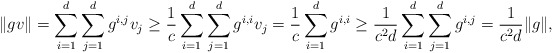
\begin{align*}\| gv \| = \sum_{i = 1}^d \sum_{j = 1}^d g^{i,j} v_j \geq \frac{1}{c} \sum_{i = 1}^d \sum_{j = 1}^d g^{i,i} v_j= \frac{1}{c} \sum_{i = 1}^d g^{i,i} \geq \frac{1}{c^2 d} \sum_{i = 1}^d \sum_{j = 1}^d g^{i,j} = \frac{1}{c^2 d} \|g\|, \end{align*}